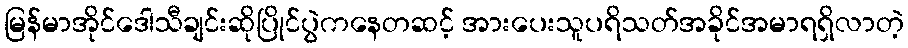
မြန်မာအိုင်ဒေါသီချင်းဆိုပြိုင်ပွဲကနေတဆင့် အားပေးသူပရိသတ်အခိုင်အမာရရှိလာတဲ့